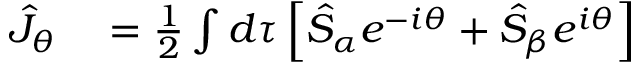
\begin{array} { r l } { \hat { J } _ { \theta } } & { { } = \frac { 1 } { 2 } \int d \tau \left[ \hat { S } _ { \alpha } e ^ { - i \theta } + \hat { S } _ { \beta } e ^ { i \theta } \right] } \end{array}